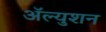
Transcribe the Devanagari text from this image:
ॲल्युशन